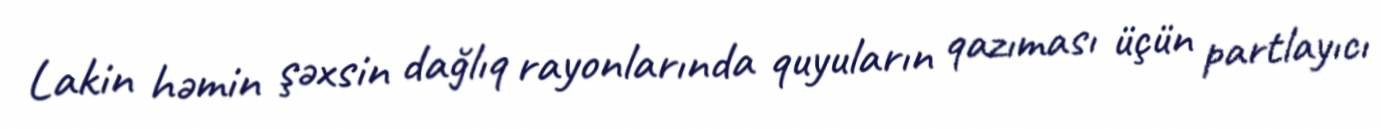
Lakin həmin şəxsin dağlıq rayonlarında quyuların qazıması üçün partlayıcı